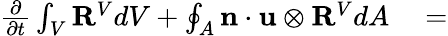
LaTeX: \begin{array}{rl}{\frac{\partial}{\partial t}\int_{V}\mathbf{R}^{V}dV+\oint_{A}\mathbf{n}\cdot\mathbf{u}\otimes\mathbf{R}^{V}dA}&{{}=}\end{array}